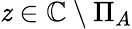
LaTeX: \mathit{z}\in\mathbb{{C}}\setminus\Pi_{A}